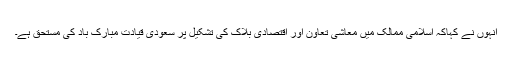
انہوں نے کہاکہ اسلامی ممالک میں معاشی تعاون اور اقتصادی بلاک کی تشکیل پر سعودی قیادت مبارک باد کی مستحق ہے۔